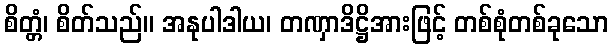
စိတ္တံ၊ စိတ်သည်။ အနုပါဒါယ၊ တဏှာဒိဋ္ဌိအားဖြင့် တစ်စုံတစ်ခုသော